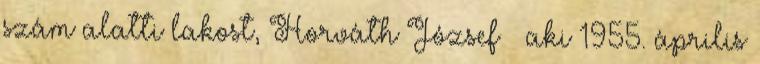
szám alatti lakost, Horváth József – aki 1955. április